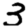
Digit: 3